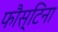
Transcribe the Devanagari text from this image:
फौस्टिना